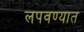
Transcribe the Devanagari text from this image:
लपवण्यात